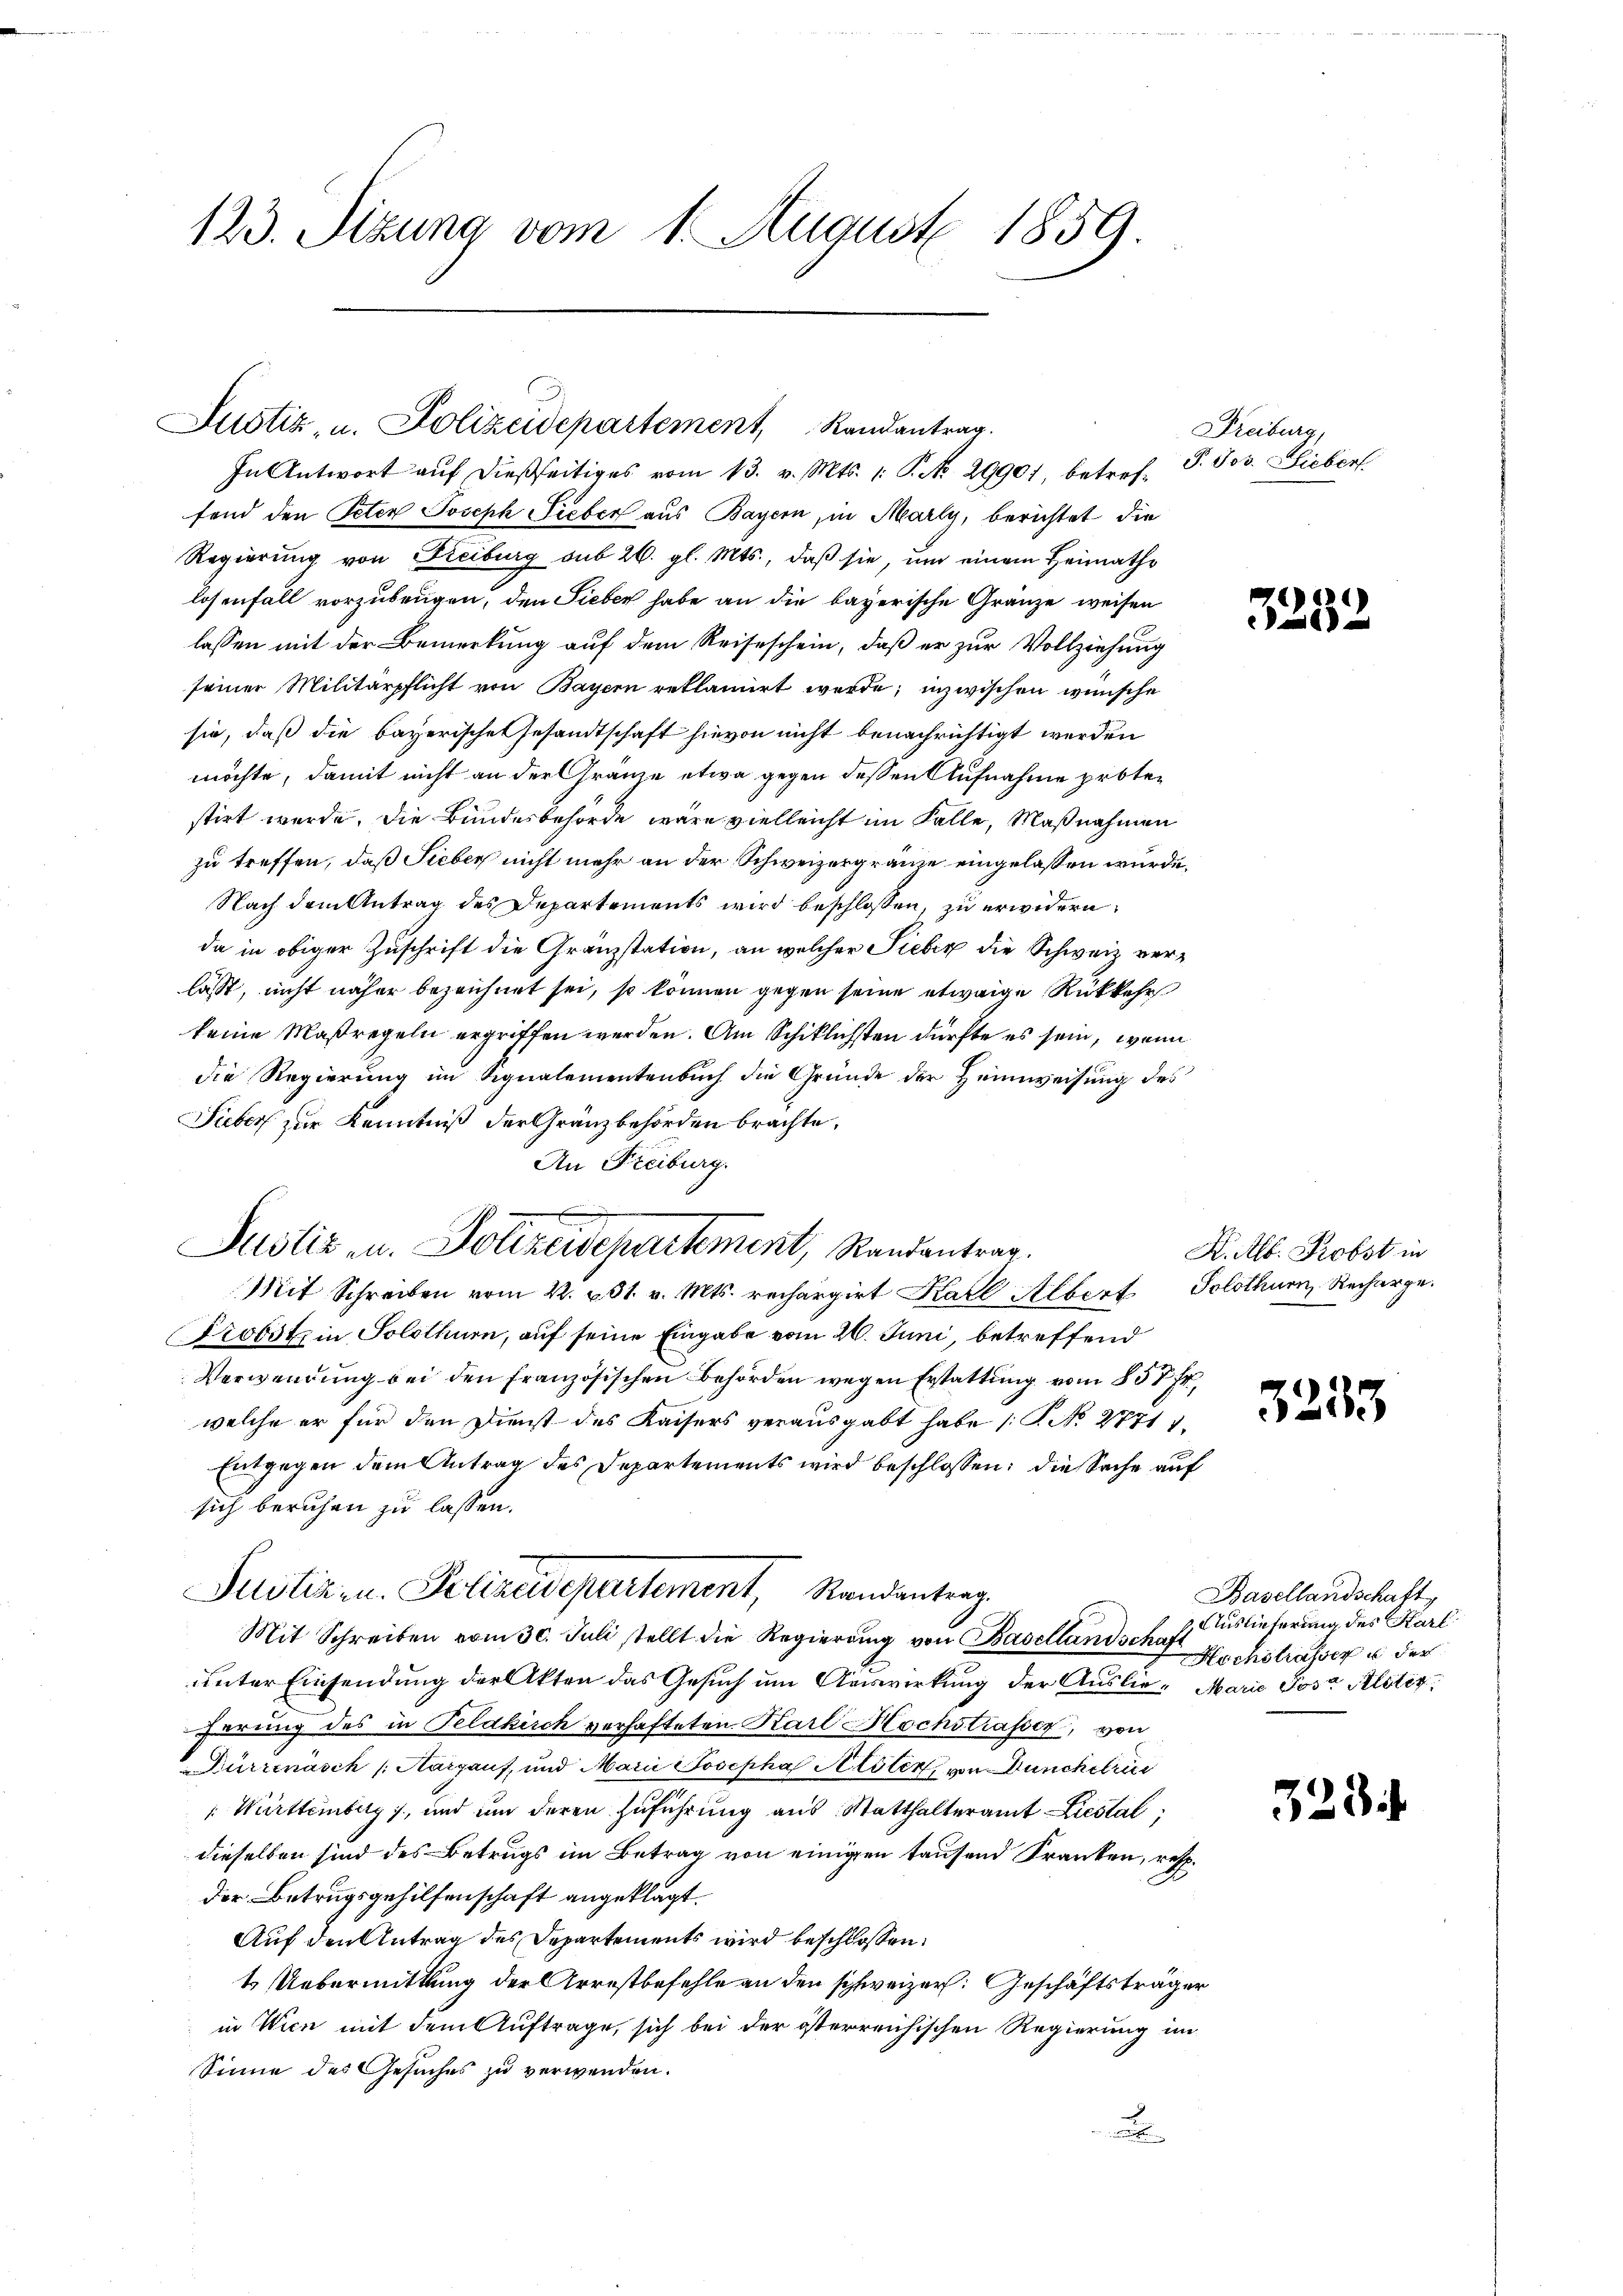
123. Sizung vom 1. August 1859.

g
Justiz u. Polizewepartement, Randantrag.

Justiz, u. Polizeidepartement, Randantrag.
fend den Peten Joseph Sieber aus Bayern, in Marly, berichtet die
Regierung von Freiburg sub 26. gl. Mts., daß sie, um einem Heimatho
losenfall vorzubeugen, den Sieber habe an die bayerische Gränze weisen
lassen mit der Bemerkung auf dem Reiseschein, daß er zur Vollziehung
seiner Militärpflicht von Bayern reklamirt werde; inzwischen wünsche
sie, daß die bayerische Gesandtschaft hievon nicht benachrichtigt werden
möchte, damit nicht an der Gränze etwa gegen dessen Aufnahme protestirt wurde, die Bundesbehörde wäre vielleicht im Falle, Maßnahmen
zu treffen, daß Sieber nicht mehr an der Schweizergräme eingelassen würde.
Nach dem Antrag des Departements wird beschlossen, zu erwidern,
da in obiger Zuschrift die Gränzstation, an welcher Sieber die Schweiz verlässt, nicht näher bezeichnet sei, so können gegen seine etwaige Rückkehr
keine Maßregeln ergriffen werden. Am Schiklichsten dürfte es sein, wenn
die Regierung im Signalementenbuch die Gründe der Heimweisung des
Sieber zur Kenntniß der Gränzbehörden brachte,
An Freiburg.
Mit Schreiben vom 22. 231. v. Mts. rechargirt Karl Albert Solothurn. Recharge.
Probst in Solothurn, auf seine Eingabe vom 26. Juni, betreffend
Verwendung bei den französischen Behörden wegen Erstattung vom 857 Fr.
welche er für den Dienst des Kaisers verausgabt habe (T. No 2771
Entgegen dem Antrag des Departements wird beschlossen: die Sache auf
sich beruhen zu lassen.
Justiz u. Polizeidepartement, Randantrag.
Mit Schreiben vom 30. Juli stellt die Regierŭng von Basellandschaft
unter Einsendung der Akten das Gesuch um Auswirkung der Auslie- Marie Post Alter
hörung des in Feldkirch verhafteten Karl Hochstrasser, von
Durrenasch (Aargaus, und Maria Josepha Aller, von Duncheri
: Württemberg), und um deren Zuführung aus Statthalteramt Liestal
dieselben sind des Betrugs im Betrag von einigen tausend Franken, resp.
der Betrugsgehilfenschaft angeklagt.
Auf den Antrag des Departements wird beschlossen:
t Uebermittlung der Arrestbefehle an den schweizer. Geschäftsträger
in Wien mit dem Auftrage, sich bei der österreichischen Regierung im
Sinne des Gesuches zu verwenden.
a

In Antwort auf dießseitiges vom 13. v. Mts. 1. P. No. 29901, betref¬

Freiburg,
P. Jos. Lieberf

325

S. Alb. Probst in

3235

Basellandschaft,
& Auslieferung des Karl
Hochstrasser u. der

323.